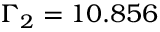
\Gamma _ { 2 } = 1 0 . 8 5 6